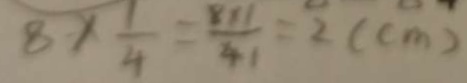
8 \times \frac { 1 } { 4 } = \frac { 8 \times 1 } { 4 } = 2 ( c m )